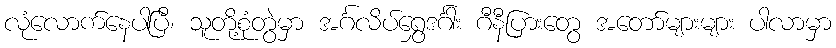
လုံလောက်နေပါပြီ၊ သူတို့စုံတွဲမှာ အင်္ဂလိပ်ရွှေဒင်္ဂါး ဂီနီပြားတွေ အတော်များများ ပါလာမှာ